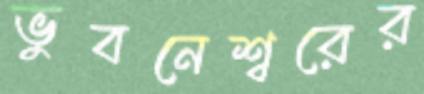
ভুবনেশ্বরের